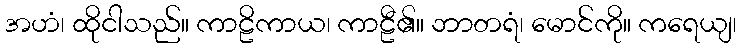
အဟံ၊ ထိုငါသည်။ ကာဠိကာယ၊ ကာဠီ၏။ ဘာတရံ၊ မောင်ကို။ ကရေယျ၊